65_HS1-834228961_62-HQ-83894_Section_6
Agency: FBI
Page 185
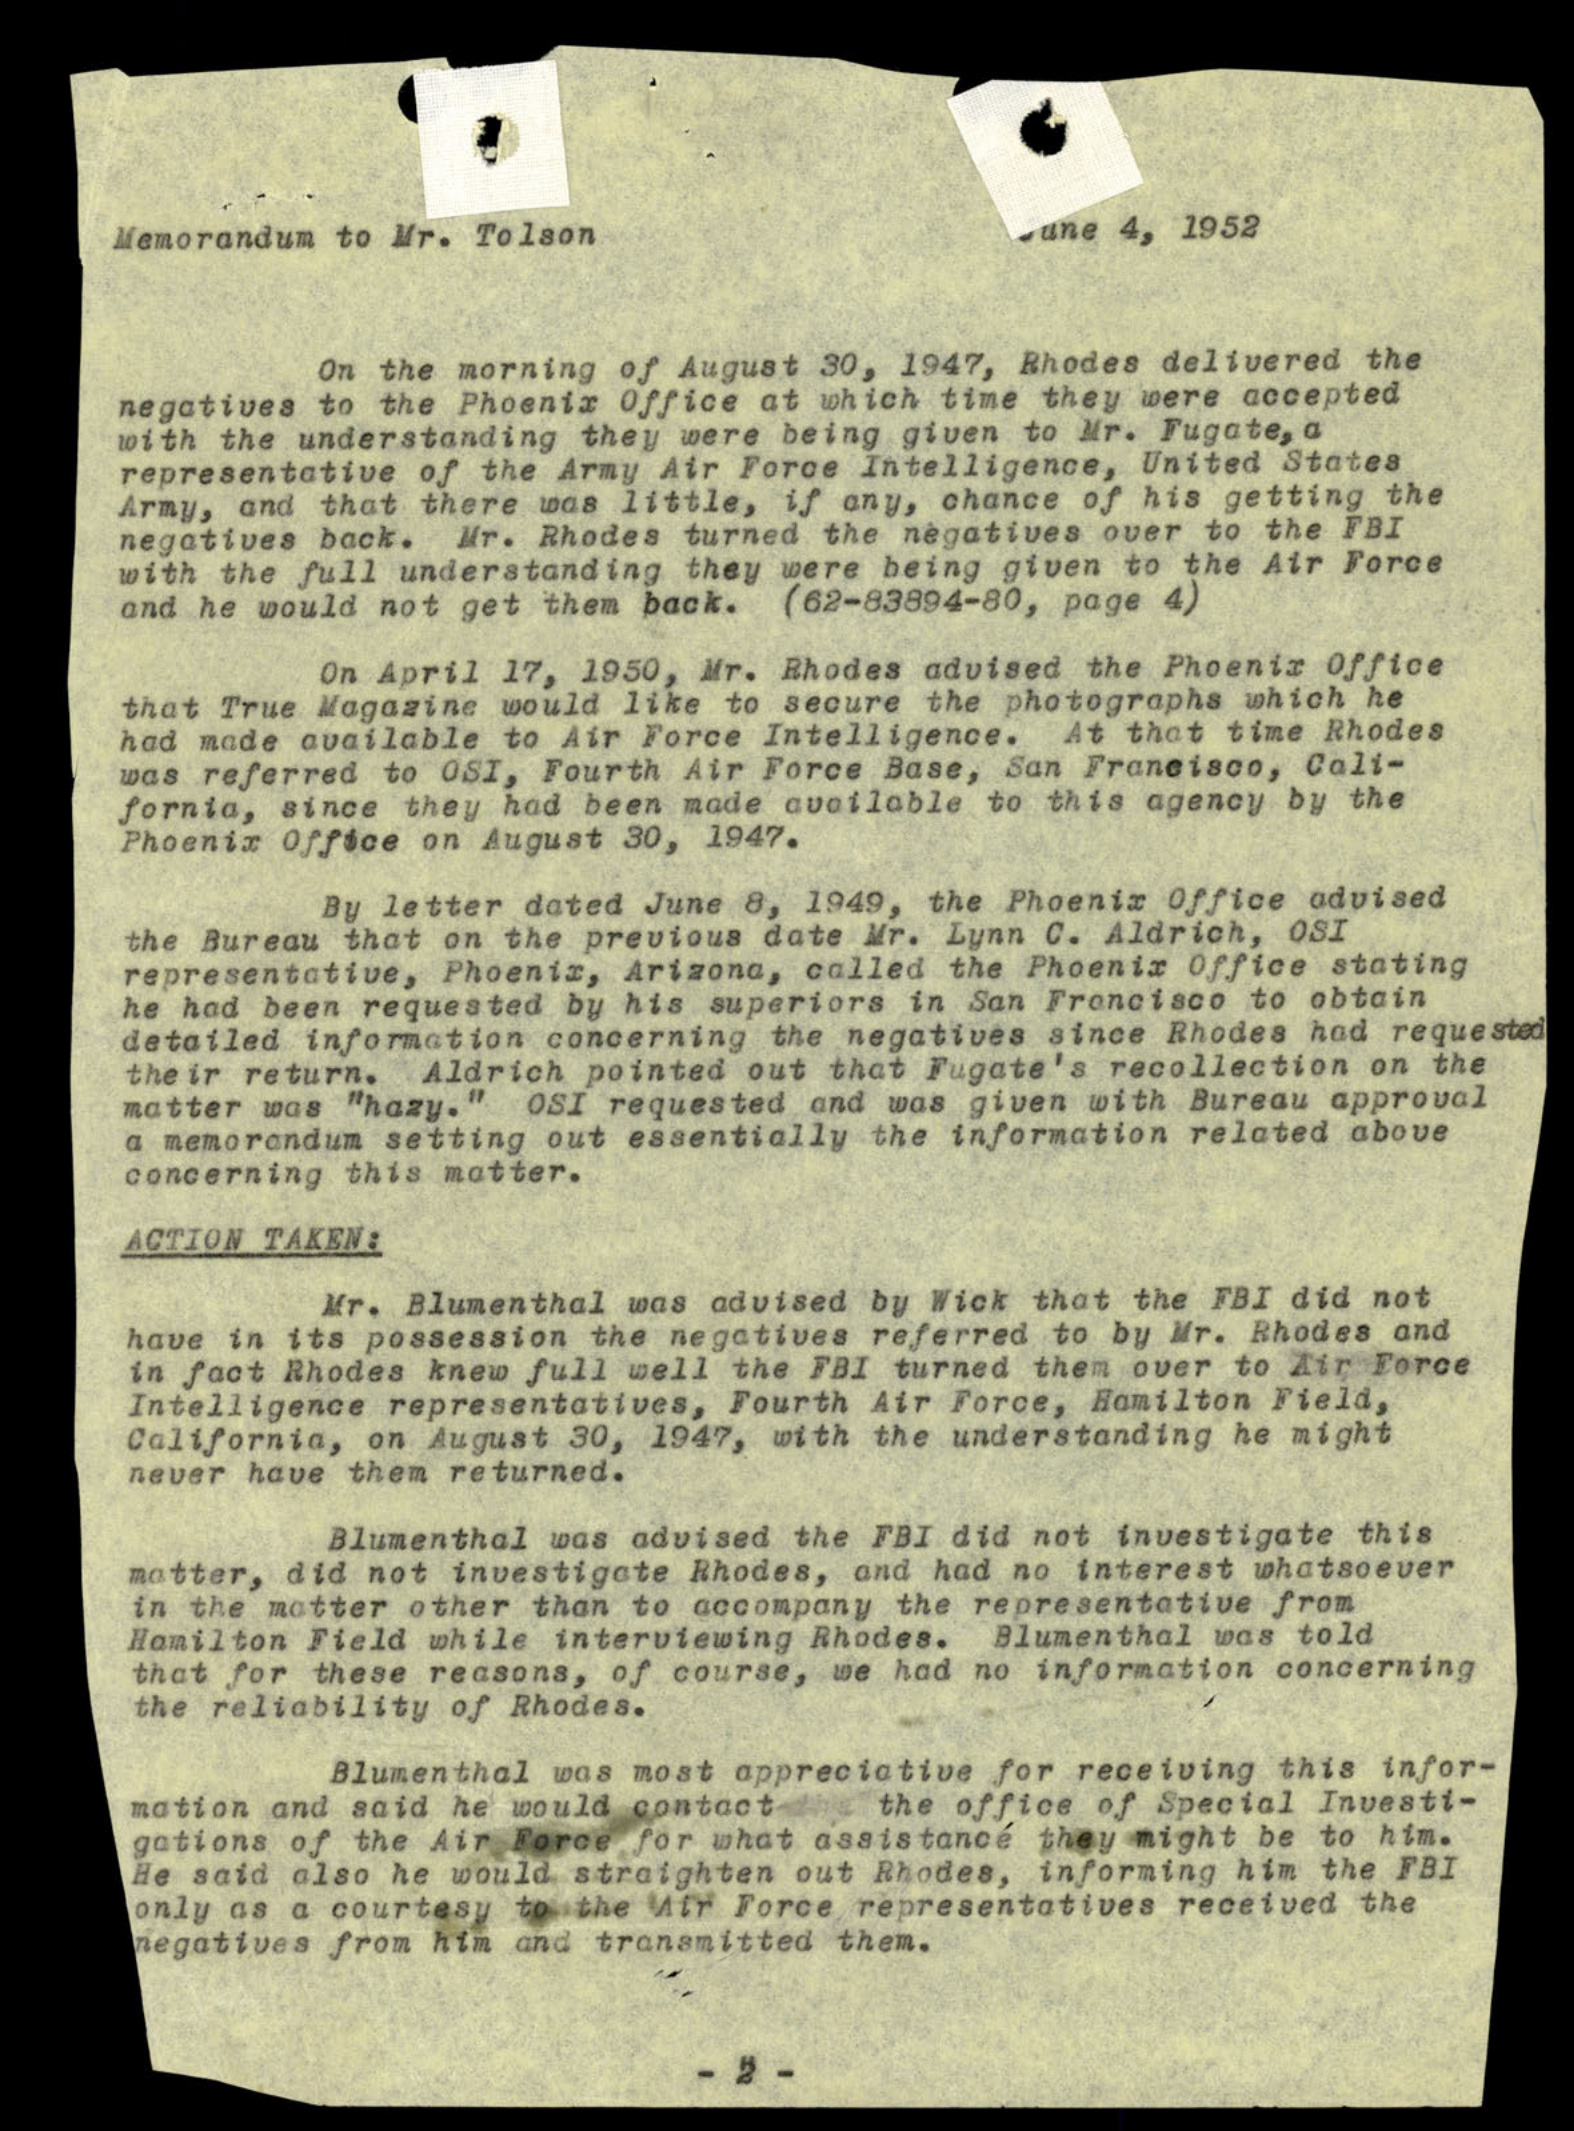